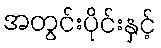
အတွင်းပိုင်းနှင့်